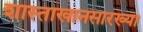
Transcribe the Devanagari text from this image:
शास्ताखानसारख्या